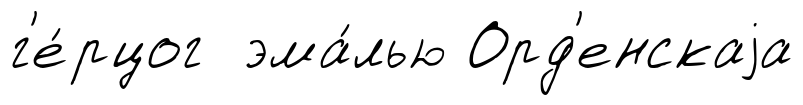
г'е́рцог эма́лью Орд'енскаjа